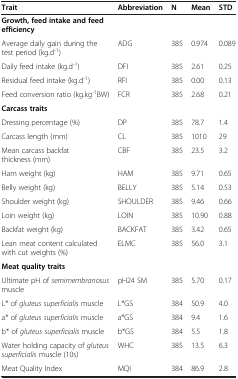
<table><thead><tr><td><b>Trait</b></td><td><b>Abbreviation</b></td><td><b>N</b></td><td><b>Mean</b></td><td><b>STD</b></td></tr></thead><tbody><tr><td><b>Growth, feed intake and feed efficiency</b></td><td>[EMPTY_CELL]</td><td>[EMPTY_CELL]</td><td>[EMPTY_CELL]</td><td>[EMPTY_CELL]</td></tr><tr><td>Average daily gain during the test period (kg.d<sup>-1</sup>)</td><td>ADG</td><td>385</td><td>0.974</td><td>0.089</td></tr><tr><td>Daily feed intake (kg.d<sup>-1</sup>)</td><td>DFI</td><td>385</td><td>2.61</td><td>0.25</td></tr><tr><td>Residual feed intake (kg.d<sup>-1</sup>)</td><td>RFI</td><td>385</td><td>0.00</td><td>0.13</td></tr><tr><td>Feed conversion ratio (kg.kg<sup>-1</sup>BW)</td><td>FCR</td><td>385</td><td>2.68</td><td>0.21</td></tr><tr><td><b>Carcass traits</b></td><td>[EMPTY_CELL]</td><td>[EMPTY_CELL]</td><td>[EMPTY_CELL]</td><td>[EMPTY_CELL]</td></tr><tr><td>Dressing percentage (%)</td><td>DP</td><td>385</td><td>78.7</td><td>1.4</td></tr><tr><td>Carcass length (mm)</td><td>CL</td><td>385</td><td>1010</td><td>29</td></tr><tr><td>Mean carcass backfat thickness (mm)</td><td>CBF</td><td>385</td><td>23.5</td><td>3.2</td></tr><tr><td>Ham weight (kg)</td><td>HAM</td><td>385</td><td>9.71</td><td>0.65</td></tr><tr><td>Belly weight (kg)</td><td>BELLY</td><td>385</td><td>5.14</td><td>0.53</td></tr><tr><td>Shoulder weight (kg)</td><td>SHOULDER</td><td>385</td><td>9.46</td><td>0.66</td></tr><tr><td>Loin weight (kg)</td><td>LOIN</td><td>385</td><td>10.90</td><td>0.88</td></tr><tr><td>Backfat weight (kg)</td><td>BACKFAT</td><td>385</td><td>3.42</td><td>0.65</td></tr><tr><td>Lean meat content calculated with cut weights (%)</td><td>ELMC</td><td>385</td><td>56.0</td><td>3.1</td></tr><tr><td><b>Meat quality traits</b></td><td>[EMPTY_CELL]</td><td>[EMPTY_CELL]</td><td>[EMPTY_CELL]</td><td>[EMPTY_CELL]</td></tr><tr><td>Ultimate pH of <i>semimembranosus</i> muscle</td><td>pH24 SM</td><td>385</td><td>5.70</td><td>0.17</td></tr><tr><td>L* of <i>gluteus superficialis</i> muscle</td><td>L*GS</td><td>384</td><td>50.9</td><td>4.0</td></tr><tr><td>a* of <i>gluteus superficialis</i> muscle</td><td>a*GS</td><td>384</td><td>9.4</td><td>1.6</td></tr><tr><td>b* of <i>gluteus superficialis</i> muscle</td><td>b*GS</td><td>384</td><td>5.5</td><td>1.8</td></tr><tr><td>Water holding capacity of <i>gluteus superficialis</i> muscle (10s)</td><td>WHC</td><td>385</td><td>13.5</td><td>6.3</td></tr><tr><td>Meat Quality Index</td><td>MQI</td><td>384</td><td>86.9</td><td>2.8</td></tr></tbody></table>